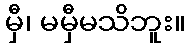
မှီ၊ မမှီမသိဘူး။